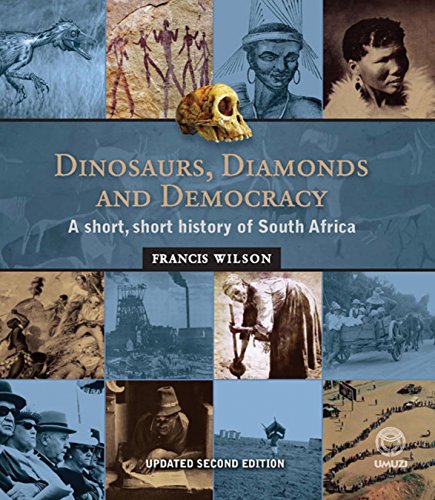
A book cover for Dinosaurs, Diamonds & Democracy, Updated Edition: A short, short history of South Africa; Francis Wilson; History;